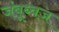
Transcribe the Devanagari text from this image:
जंबूध्वज